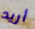
أريد